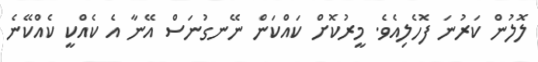
ލޮލުން ކަރުނަ ފޮހެލިއެވެ. މީރުކޮށް ކައްކަން ނޭނގުނަސް އޭނާ އެ ކެއްކީ ކެއްކޭނެ